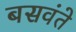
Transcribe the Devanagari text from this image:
बसवंते